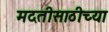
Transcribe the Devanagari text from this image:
मदतीसाठीच्या